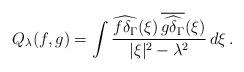
LaTeX: \begin{align*}Q_{\lambda}(f,g)=\int\frac{\widehat{f\delta_\Gamma}(\xi)\,\overline{\widehat{g\delta_\Gamma}}(\xi)}{|\xi|^2-\lambda^2}\,d\xi\,.\end{align*}